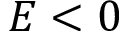
E < 0